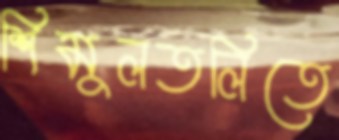
শিমুলতলিতে